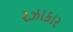
રઝાકાર